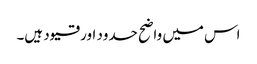
اس میں واضح حدود اور قیود ہیں۔